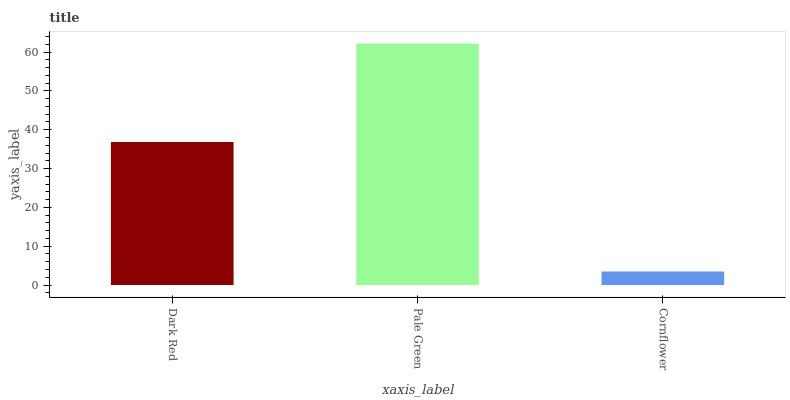
| xaxis_label | bars |
 | --- | --- |
 | Dark Red | 36.8 |
 | Pale Green | 62.2 |
 | Cornflower | 3.49 |